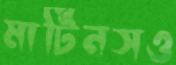
মার্টিনসও